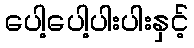
ပေါ့ပေါ့ပါးပါးနှင့်